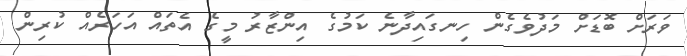
ވަރަށް ބޮޮޑަށް މަދުވެގެން ހިނގައިދާނެ ކަމުގެ އިންޒާރު މީގެ އެތައް އަހަރެއް ކުރިން